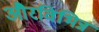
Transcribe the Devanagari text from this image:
औरविभिन्न